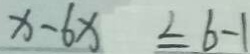
x - 6 x \leq 6 - 1